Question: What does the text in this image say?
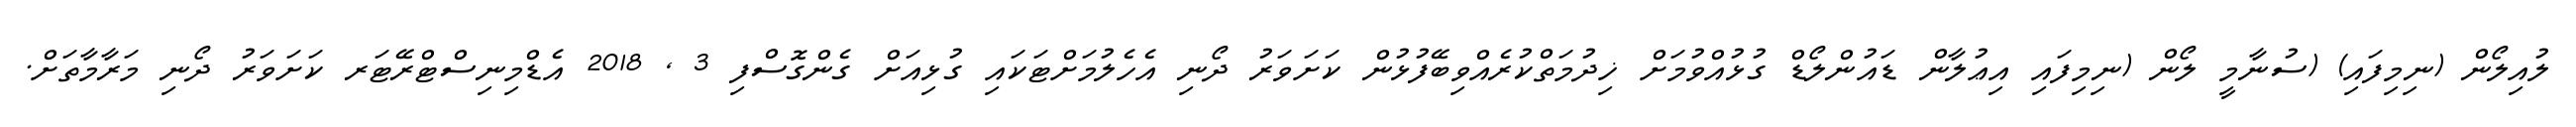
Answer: ލުއިލޯން (ނިމިފައި) (ސުނާމީ ލޯން (ނިމިފައި އިޢުލާން ޑައުންލޯޑް ގުޅުއްވުމަށް ޚިދުމަތްކުރެއްވިބޭފުޅުން ކަށަވަރު ދޯނި އެހެލުމަށްޓަކައި ގުޅިއަށް ގެންގޮސްފި 3 , 2018 އެޑްމިނިސްޓްރޭޓަރ ކަށަވަރު ދޯނި މަރާމާތަށް.